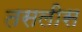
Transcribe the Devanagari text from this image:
तसलीस